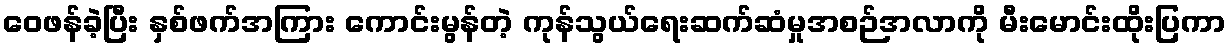
ဝေဖန်ခဲ့ပြီး နှစ်ဖက်အကြား ကောင်းမွန်တဲ့ ကုန်သွယ်ရေးဆက်ဆံမှုအစဉ်အလာကို မီးမောင်းထိုးပြကာ